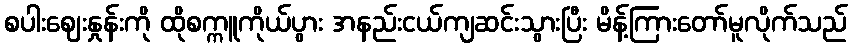
စပါးဈေးနှုန်းကို ထိုစက္ကူကိုယ်ပွား အနည်းငယ်ကျဆင်းသွားပြီး မိန့်ကြားတော်မူလိုက်သည်